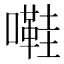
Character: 嚡